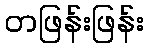
တဖြန်းဖြန်း